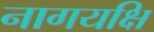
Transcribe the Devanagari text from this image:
नागयक्षि